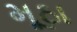
મૂઠા